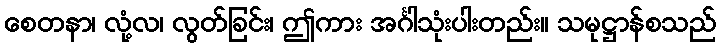
စေတနာ၊ လုံ့လ၊ လွတ်ခြင်း၊ ဤကား အင်္ဂါသုံးပါးတည်း။ သမုဋ္ဌာန်စသည်